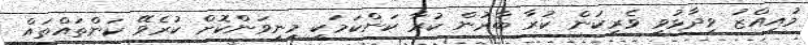
މުއިއްޒު ވިދާޅުވީ ވެރިކަން ކުރާ ބާރުން ކުރާ ކަންކަމަކީ މިނިވަންކޮށް ކުރެވޭ ކަންތައްތައް